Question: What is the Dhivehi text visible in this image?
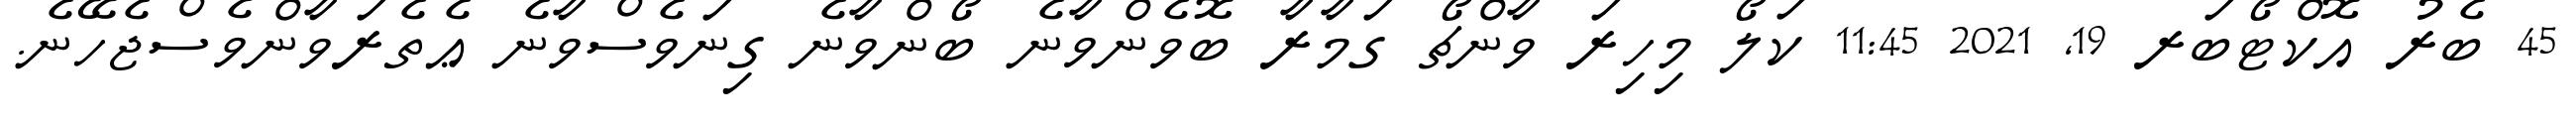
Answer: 45 ބެރު އޮކްޓޯބަރ 19, 2021 11:45 ކަލޯ މިހިރަ ވާންޗޯ ގަމާރާ ބޮވެންވާނެ ބޯންވާނެ ގިނަވެސްވާނެ ޢެތެރަވާންވެސްޖެހޭނެ.